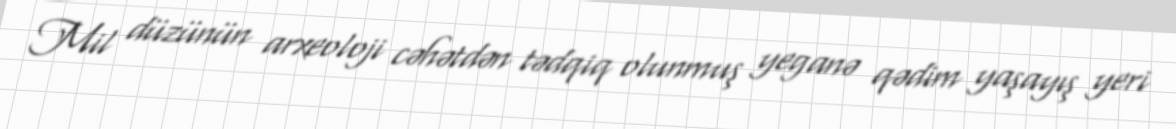
Mil düzünün arxeoloji cəhətdən tədqiq olunmuş yeganə qədim yaşayış yeri